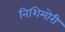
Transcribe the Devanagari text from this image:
निशिमोरी